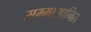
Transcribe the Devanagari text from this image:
सम्माआनित